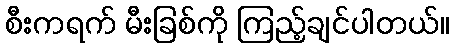
စီးကရက် မီးခြစ်ကို ကြည့်ချင်ပါတယ်။